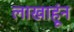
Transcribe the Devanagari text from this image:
लाखाहूंन